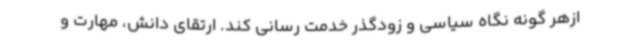
ازهر گونه نگاه سیاسی و زودگذر خدمت رسانی کند. ارتقای دانش، مهارت و